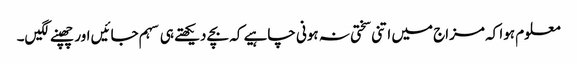
معلوم ہوا کہ مزاج میں اتنی سختی نہ ہونی چاہیے کہ بچے دیکھتے ہی سہم جائیں اور چھپنے لگیں۔